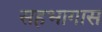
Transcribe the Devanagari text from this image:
सहभागास